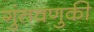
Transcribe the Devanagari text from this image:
गुंतवणुकी